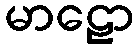
မာဠော